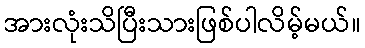
အားလုံးသိပြီးသားဖြစ်ပါလိမ့်မယ်။